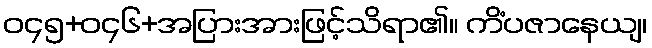
ဝ၄၅+ဝ၄၆+အပြားအားဖြင့်သိရာ၏။ ကိံပဇာနေယျ၊